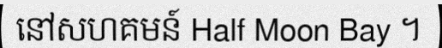
នៅសហគមន៍ Half Moon Bay ។